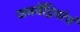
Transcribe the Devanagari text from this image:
जननेंद्रियांचं